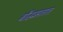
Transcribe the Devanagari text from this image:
बौद्धमतात